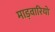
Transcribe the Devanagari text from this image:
माड़वारियो